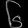
Digit: ၆